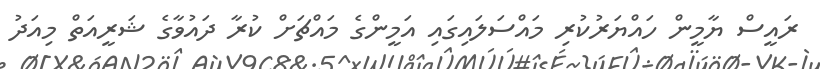
ރައީސް ޔާމީން ހައްޔަރުކުރި މައްސަލައިގައި އަމީންގެ މައްޗަށް ކުރާ ދައުވާގެ ޝަރީއަތް މިއަދު